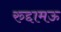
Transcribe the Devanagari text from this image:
रुद्दामऊ